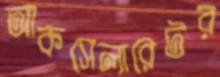
আকসেলারেটর